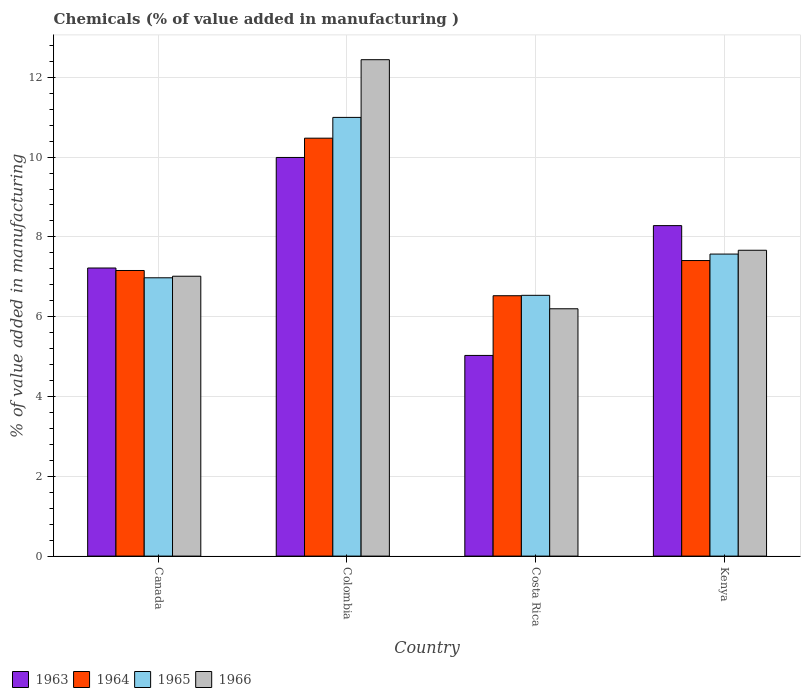
| Country | 1963 | 1964 | 1965 | 1966 |
 | --- | --- | --- | --- | --- |
 | Canada | 7.22 | 7.16 | 6.98 | 7.01 |
 | Colombia | 9.99 | 10.5 | 11 | 12.4 |
 | Costa Rica | 5.03 | 6.53 | 6.54 | 6.2 |
 | Kenya | 8.28 | 7.41 | 7.57 | 7.67 |